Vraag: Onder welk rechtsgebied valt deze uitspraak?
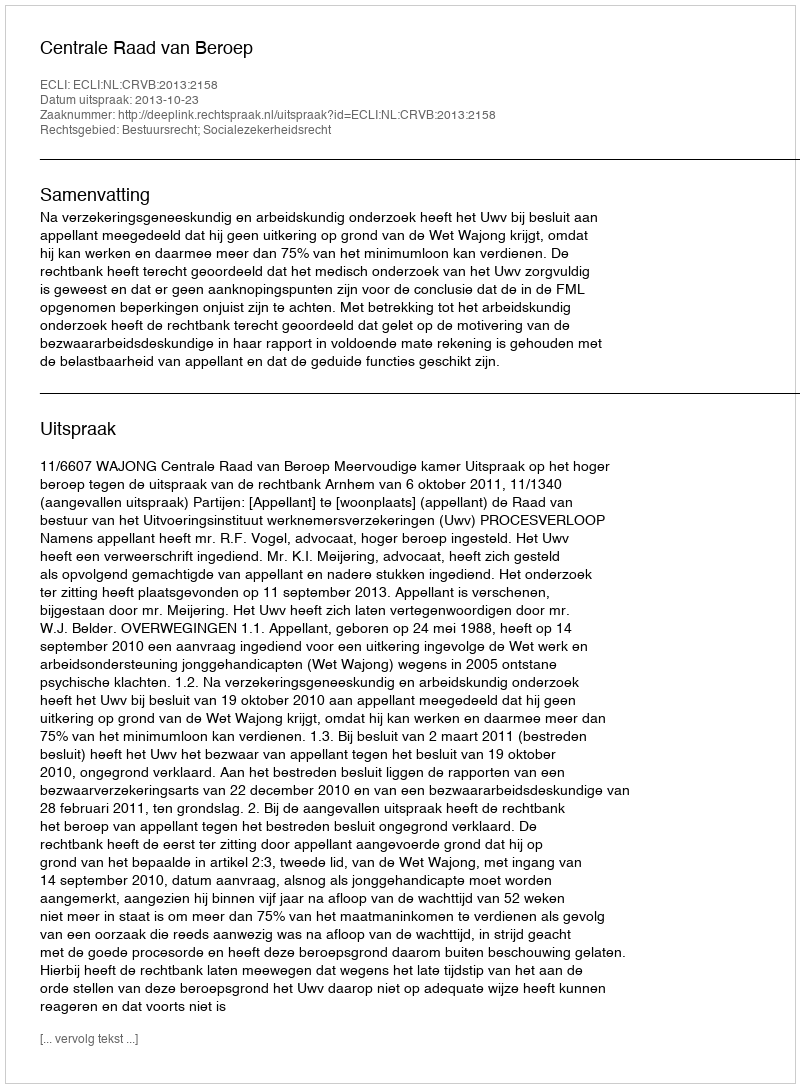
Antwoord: Bestuursrecht; Socialezekerheidsrecht